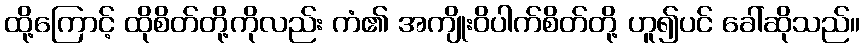
ထို့ကြောင့် ထိုစိတ်တို့ကိုလည်း ကံ၏ အကျိုးဝိပါက်စိတ်တို့ ဟူ၍ပင် ခေါ်ဆိုသည်။